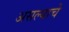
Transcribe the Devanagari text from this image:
असल्‍याचे